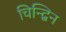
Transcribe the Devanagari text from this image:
चिन्द्विन